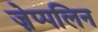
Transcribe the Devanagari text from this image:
ज़ेप्पलिन